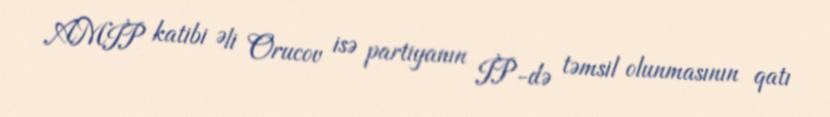
AMİP katibi Əli Orucov isə partiyanın İP-də təmsil olunmasının qatı